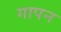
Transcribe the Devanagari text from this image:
गापन